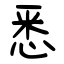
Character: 悉